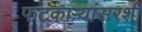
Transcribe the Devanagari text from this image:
फटकाऱ्यांसरशी